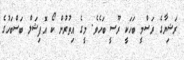
ރަޝިޔާގެ ރަސްމީ ބަހަކީ ރޫސީ ބަހެވެ. މީގެ އިތުރުން ކޯ އޮފިޝަލް ބަސްބަހުގެ